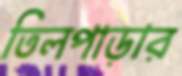
তিলপাড়ার